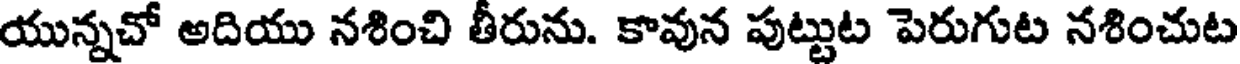
యున్నచో అదియు నశించి తీరును. కావున పుట్టుట పెరుగుట నశించుట